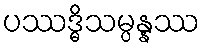
ပဿဒ္ဓိသမ္ပန္နဿ